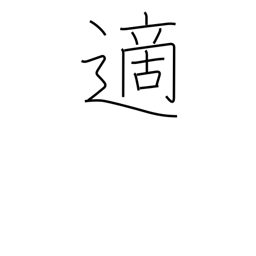
Meaning: occasional